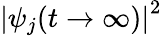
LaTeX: \left|\psi_{j}(t\rightarrow\infty)\right|^{2}